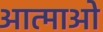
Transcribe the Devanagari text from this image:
आत्माओ